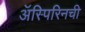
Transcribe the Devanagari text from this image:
ॲस्पिरिनची